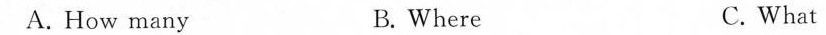
A. How many B. Where C. What